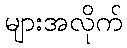
များအလိုက်